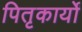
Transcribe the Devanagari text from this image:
पितृकार्यों